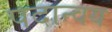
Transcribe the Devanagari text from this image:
पदान्वय